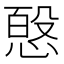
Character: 𭝸